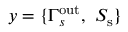
y = \{ \Gamma _ { s } ^ { \mathrm { o u t } } , ~ S _ { \mathrm { s } } \}